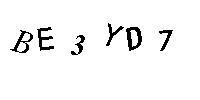
BE3YD7